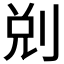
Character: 𠜑